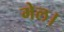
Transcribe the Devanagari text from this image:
मेल।